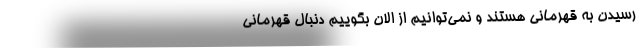
رسیدن به قهرمانی هستند و نمی‌توانیم از الان بگوییم دنبال قهرمانی